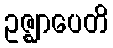
ဥဇ္ဈာပေတိ